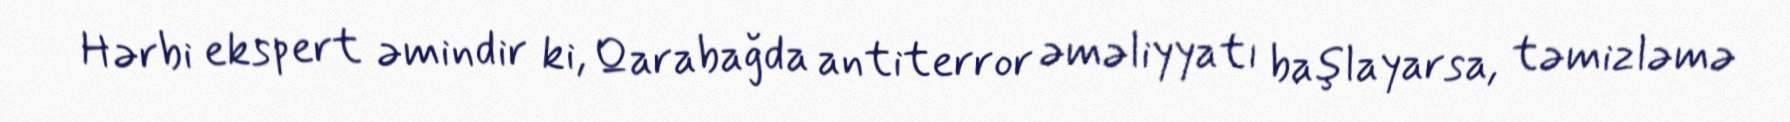
Hərbi ekspert əmindir ki, Qarabağda antiterror əməliyyatı başlayarsa, təmizləmə